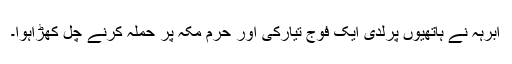
ابرہہ نے ہاتھیوں پرلدی ایک فوج تیارکی اور حرم مکہ پر حملہ کرنے چل کھڑاہوا۔